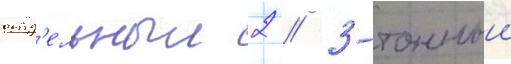
отд'ельныи 2 / 3-тонныи